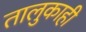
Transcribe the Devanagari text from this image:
तालुकाही